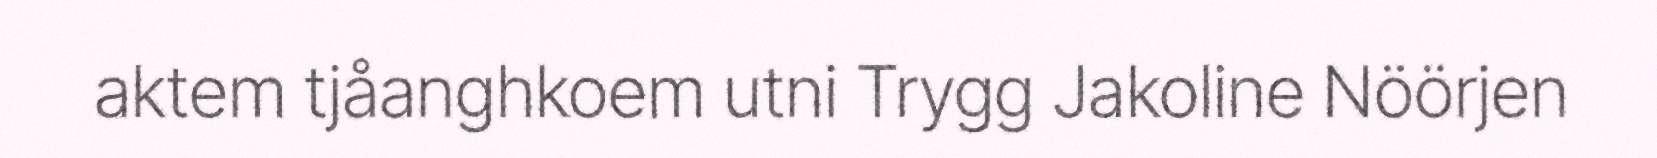
aktem tjåanghkoem utni Trygg Jakoline Nöörjen